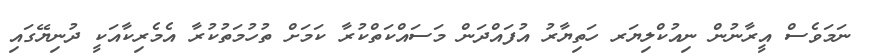
ނަމަވެސް އީރާނުން ނިއުކްލިޔަރ ހަތިޔާރު އުފައްދަން މަސައްކަތްކުރާ ކަމަށް ތުހުމަތުކުރާ އެމެރިކާއަކީ ދުނިޔޭގައި